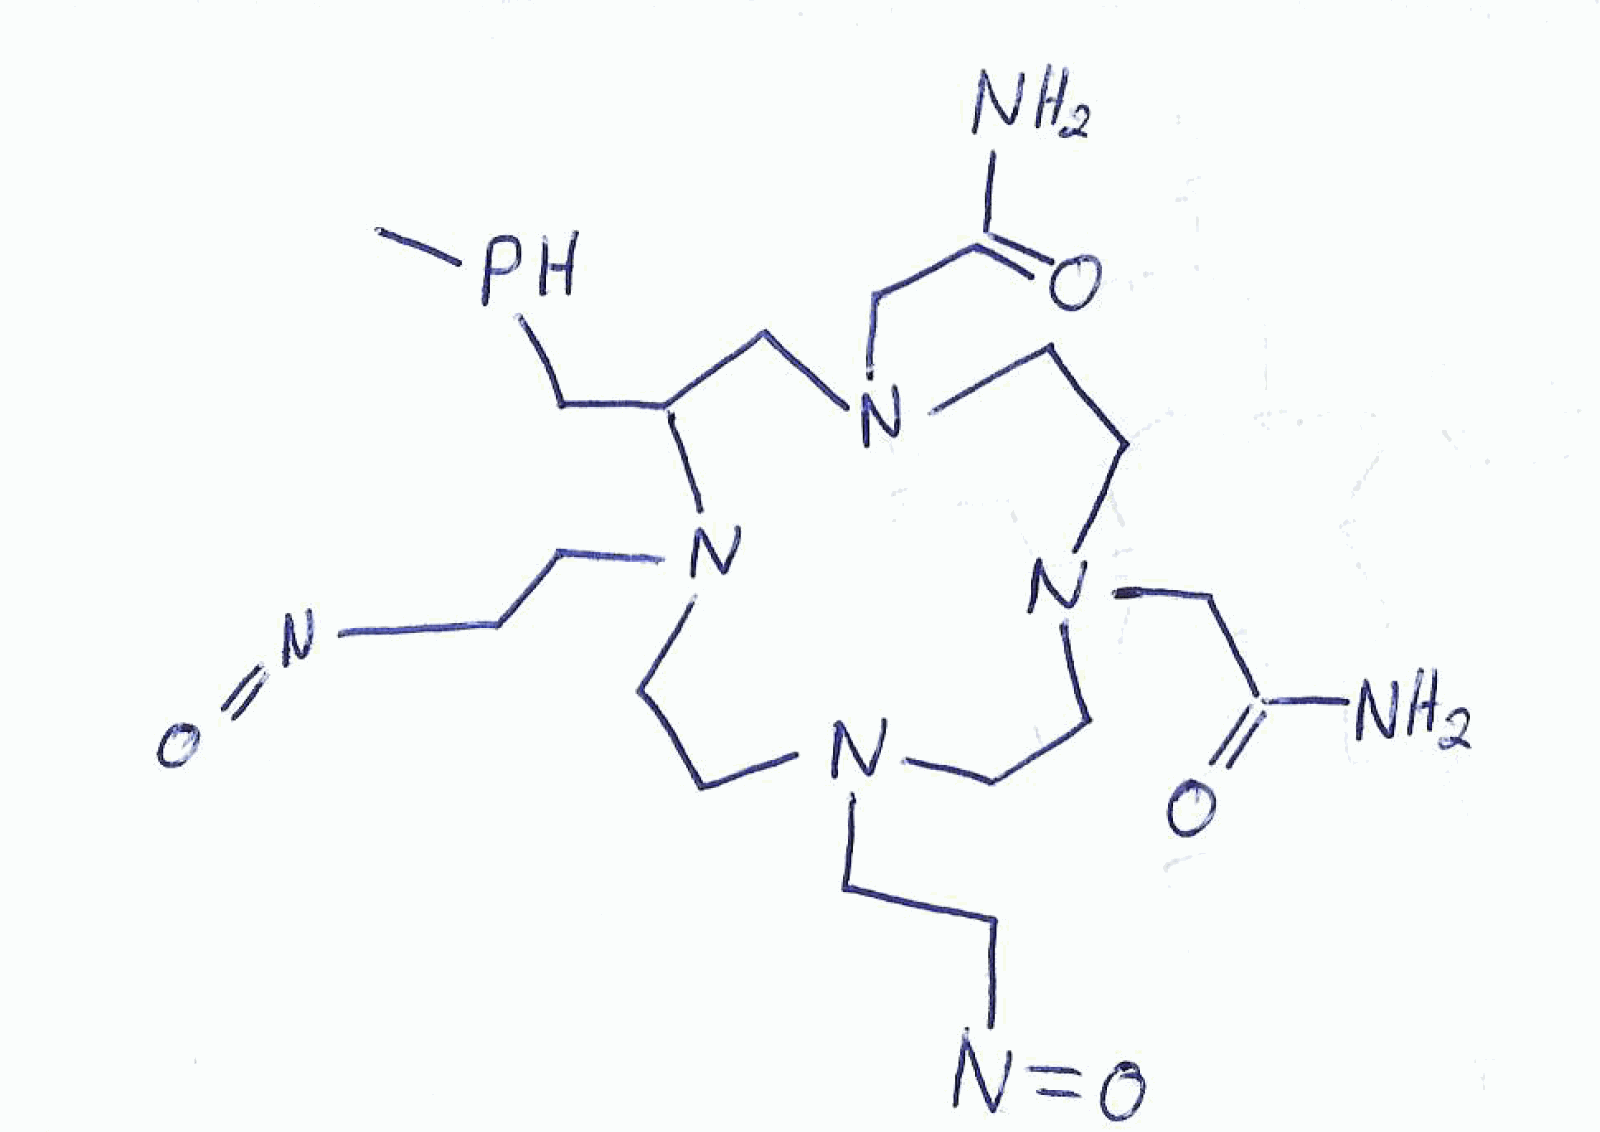
Simplified molecular-input line-entry system (SMILES) notation of the given molecule:
CPCC1CN(CCN(CCN(CCN1CCN=O)CCN=O)CC(=O)N)CC(=O)N